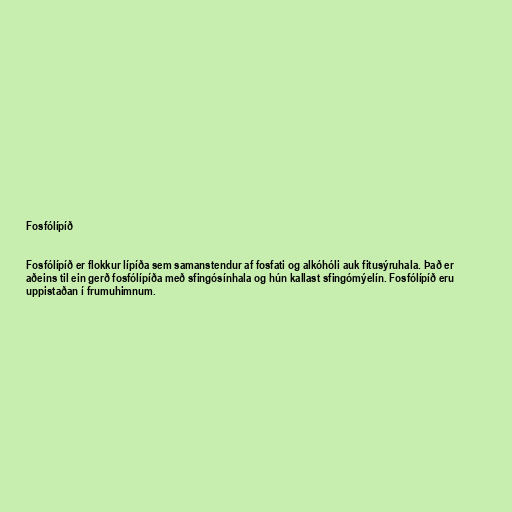
Fosfólípíð

Fosfólípíð er flokkur lípíða sem samanstendur af fosfati og alkóhóli auk fitusýruhala. Það er
aðeins til ein gerð fosfólípíða með sfingósínhala og hún kallast sfingómýelín. Fosfólípíð eru
uppistaðan í frumuhimnum.